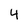
Character: 4